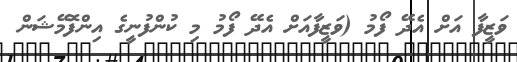
ވަޒީފާ އަށް އެދޭ ފޯމު (ވަޒީފާއަށް އެދޭ ފޯމު މި ކުންފުނީގެ އިންފޮމޭޝަން